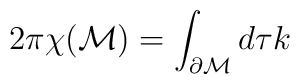
2\pi \chi (\mathcal{M})=\int _{\partial {\cal M}}d\tau k